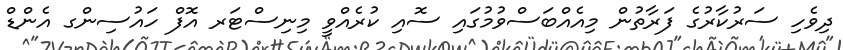
ދިވެހި ސަރުކާރުގެ ފަރާތުން މިއެއްބަސްވުމުގައި ސޮއި ކުރެއްވީ މިނިސްޓަރ އޮފް ހައުސިންގ އެންޑް